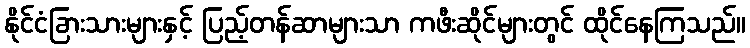
နိုင်ငံခြားသားများနှင့် ပြည့်တန်ဆာများသာ ကဖီးဆိုင်များတွင် ထိုင်နေကြသည်။